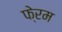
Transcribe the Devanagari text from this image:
फे्रम